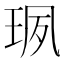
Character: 珟